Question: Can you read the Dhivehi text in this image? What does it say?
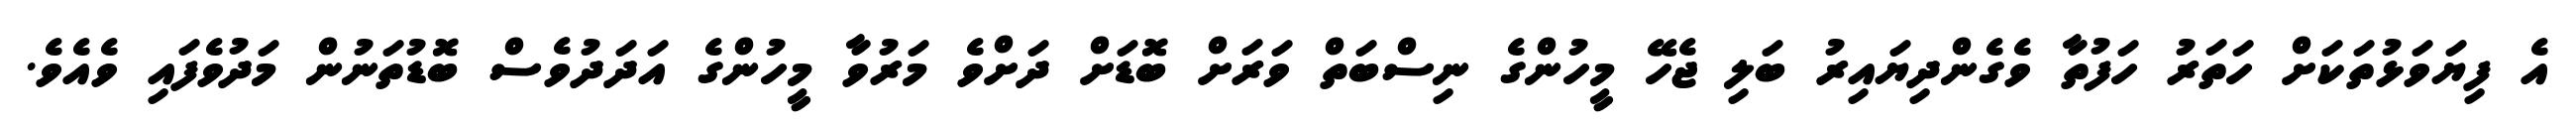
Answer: އެ ފިޔަވަޅުތަކަށް ހަތަރު ހަފުތާ ވެގެންދިޔައިރު ބަލި ޖެހޭ މީހުންގެ ނިސްބަތް ވަރަށް ބޮޑަށް ދަށްވެ މަރުވާ މީހުންގެ އަދަދުވެސް ބޮޑުތަނުން މަދުވެފައި ވެއެވެ.